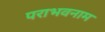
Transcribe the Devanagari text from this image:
पराभवनाम